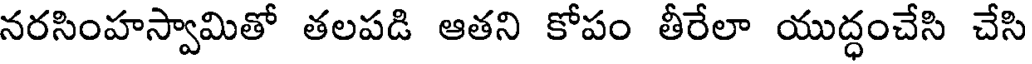
నరసింహస్వామితో తలపడి ఆతని కోపం తీరేలా యుద్ధంచేసి చేసి